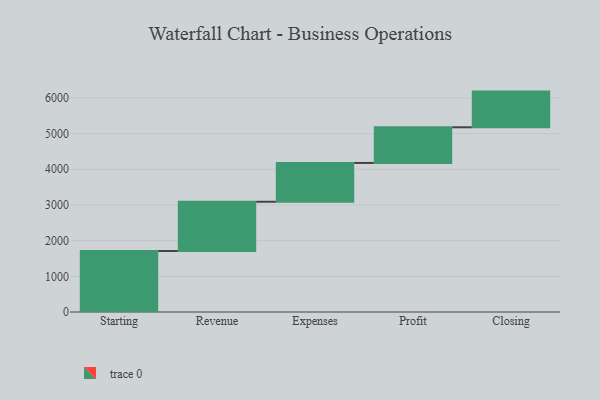
{"axis": {"x": "Step", "y": "Value"}, "legend": [""], "data": [{"x": "Starting", "y": 1709.0, "type": ""}, {"x": "Revenue", "y": 1381.0, "type": ""}, {"x": "Expenses", "y": 1087.0, "type": ""}, {"x": "Profit", "y": 1000, "type": ""}, {"x": "Closing", "y": 1000, "type": ""}]}